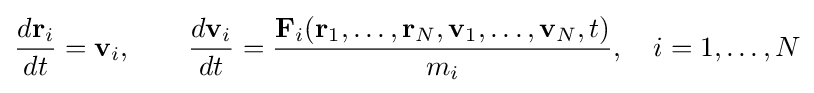
{\frac {d\mathbf {r} _{i}}{dt}}=\mathbf {v} _{i},\qquad {\frac {d\mathbf {v} _{i}}{dt}}={\frac {\mathbf {F} _{i}(\mathbf {r} _{1},\ldots ,\mathbf {r} _{N},\mathbf {v} _{1},\ldots ,\mathbf {v} _{N},t)}{m_{i}}},\quad i=1,\ldots ,N